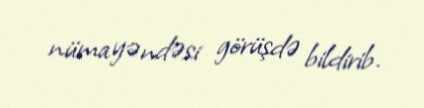
nümayəndəsi görüşdə bildirib.